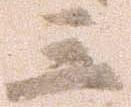
三